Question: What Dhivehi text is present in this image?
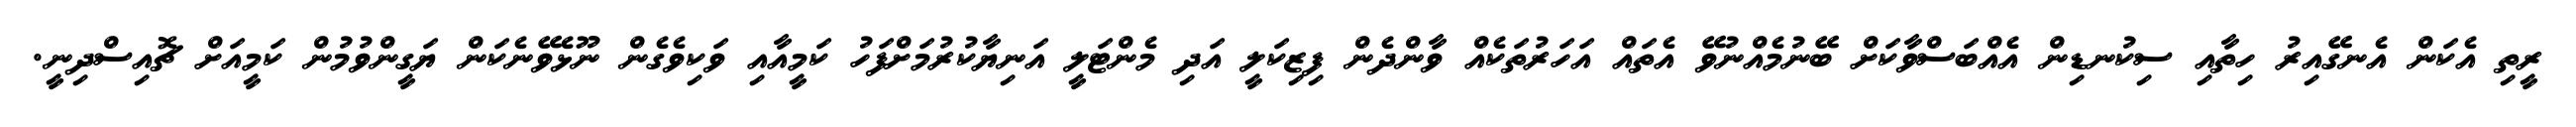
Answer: ރީތި އެކަން އެނގޭއިރު ހިތާއި ސިކުނޑިން އެއްބަސްވާކަށް ބޭނުމެއްނުވޭ އެތައް އަހަރުތަކެއް ވާންދެން ފިޒިކަލީ އަދި މެންޓަލީ އަނިޔާކުރުމަށްފަހު ކަމީއާއި ވަކިވެގެން ނޫޅެވޭނެކަން ޔަގީންވުމުން ކަމީއަށް ޗޮއިސްދިނީ.